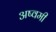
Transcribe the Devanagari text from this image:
अष्वमी